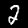
Label: 2